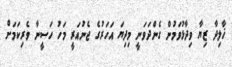
ޚާލިދާ ޒިޔާ ވިދާޅުވަމުން ގެންދަވަނީ މިދިޔަ އަހަރުގެ ޖެނުއަރީ މަހު ހަސީނާ ވެރިކަމަށް